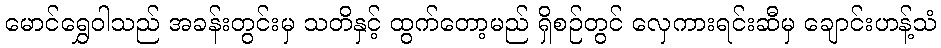
မောင်ရွှေဝါသည် အခန်းတွင်းမှ သတိနှင့် ထွက်တော့မည် ရှိစဉ်တွင် လှေကားရင်းဆီမှ ချောင်းဟန့်သံ